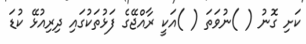
ކަށި ގޮނު ( )ނުވަތަ ( )އަކީ ރާއްޖޭގެ ފަޅުތަކުގައި ދިރިއުޅޭ ކުޑަ